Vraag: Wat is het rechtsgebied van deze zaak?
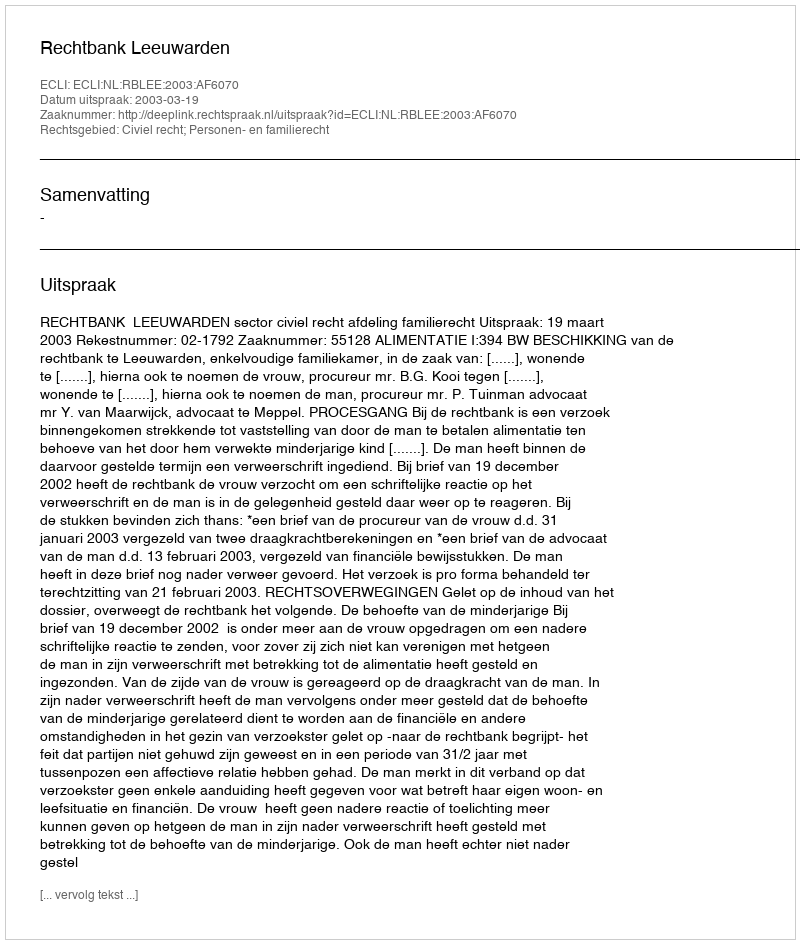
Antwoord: Civiel recht; Personen- en familierecht